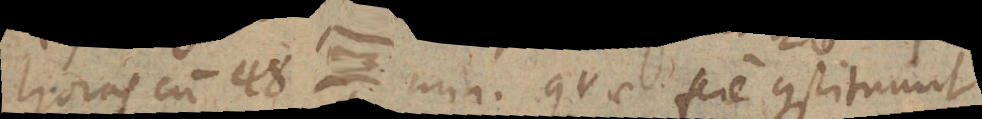
horas cum 48 3 min. quae fere constituunt